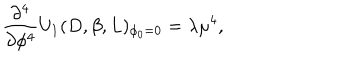
LaTeX: \frac { \partial ^ { 4 } } { \partial \phi ^ { 4 } } U _ { 1 } ( D , \beta , L ) _ { \phi _ { 0 } = 0 } = \lambda \mu ^ { 4 } ,